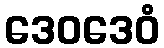
ဒေဝဒေဝံ